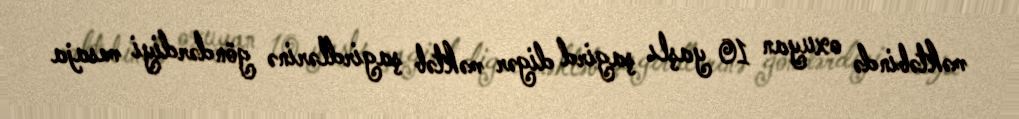
məktəbində oxuyan 10 yaşlı şagird digər məktəb şagirdlərinə göndərdiyi mesaja